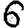
Digit: 6